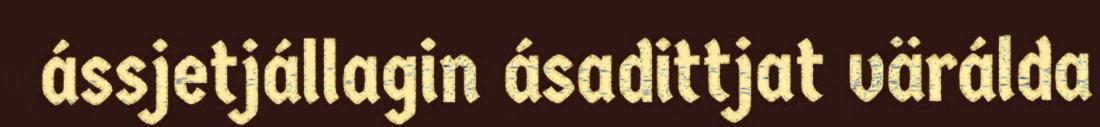
ássjetjállagin ásadittjat värálda